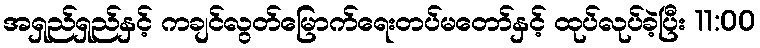
အရှည်ရှည်နှင့် ကချင်လွတ်မြောက်ရေးတပ်မတော်နှင့် ထုပ်လုပ်ခဲ့ပြီး 11:00